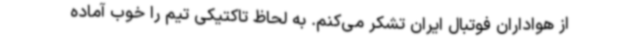
از هواداران فوتبال ایران تشکر می‌کنم. به لحاظ تاکتیکی تیم را خوب آماده